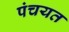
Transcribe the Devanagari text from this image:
पंचयत